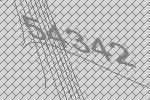
54342